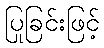
ပြုခြင်းဖြင့်